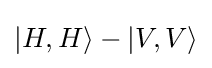
|H,H\rangle -|V,V\rangle